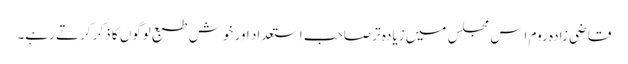
قاضی زادہ روم اِس مجلس میں زیادہ تر صاحبِ اِستعداد اور خوش طبع لوگوں کا ذکر کرتے رہے۔